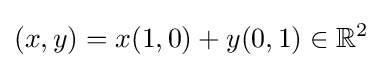
(x,y)=x(1,0)+y(0,1)\in \mathbb {R} ^{2}